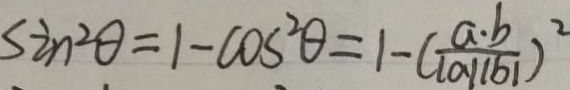
S 2 n ^ { 2 } \theta = 1 - \cos ^ { 2 } \theta = 1 - ( \frac { a \cdot b } { \vert a / / b \vert } ) ^ { 2 }